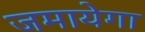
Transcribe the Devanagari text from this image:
जमायेगा